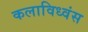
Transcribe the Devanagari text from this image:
कलाविध्वंस